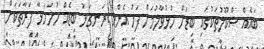
ބައެއް ސްކޫލުތަކުގައި ބިޑަށް ހުޅުވާލުމަށް ފަހު އެންމެ ރަނގަޅު ބިޑެއް ހުށަހަޅާ ފަރާތަކަށް